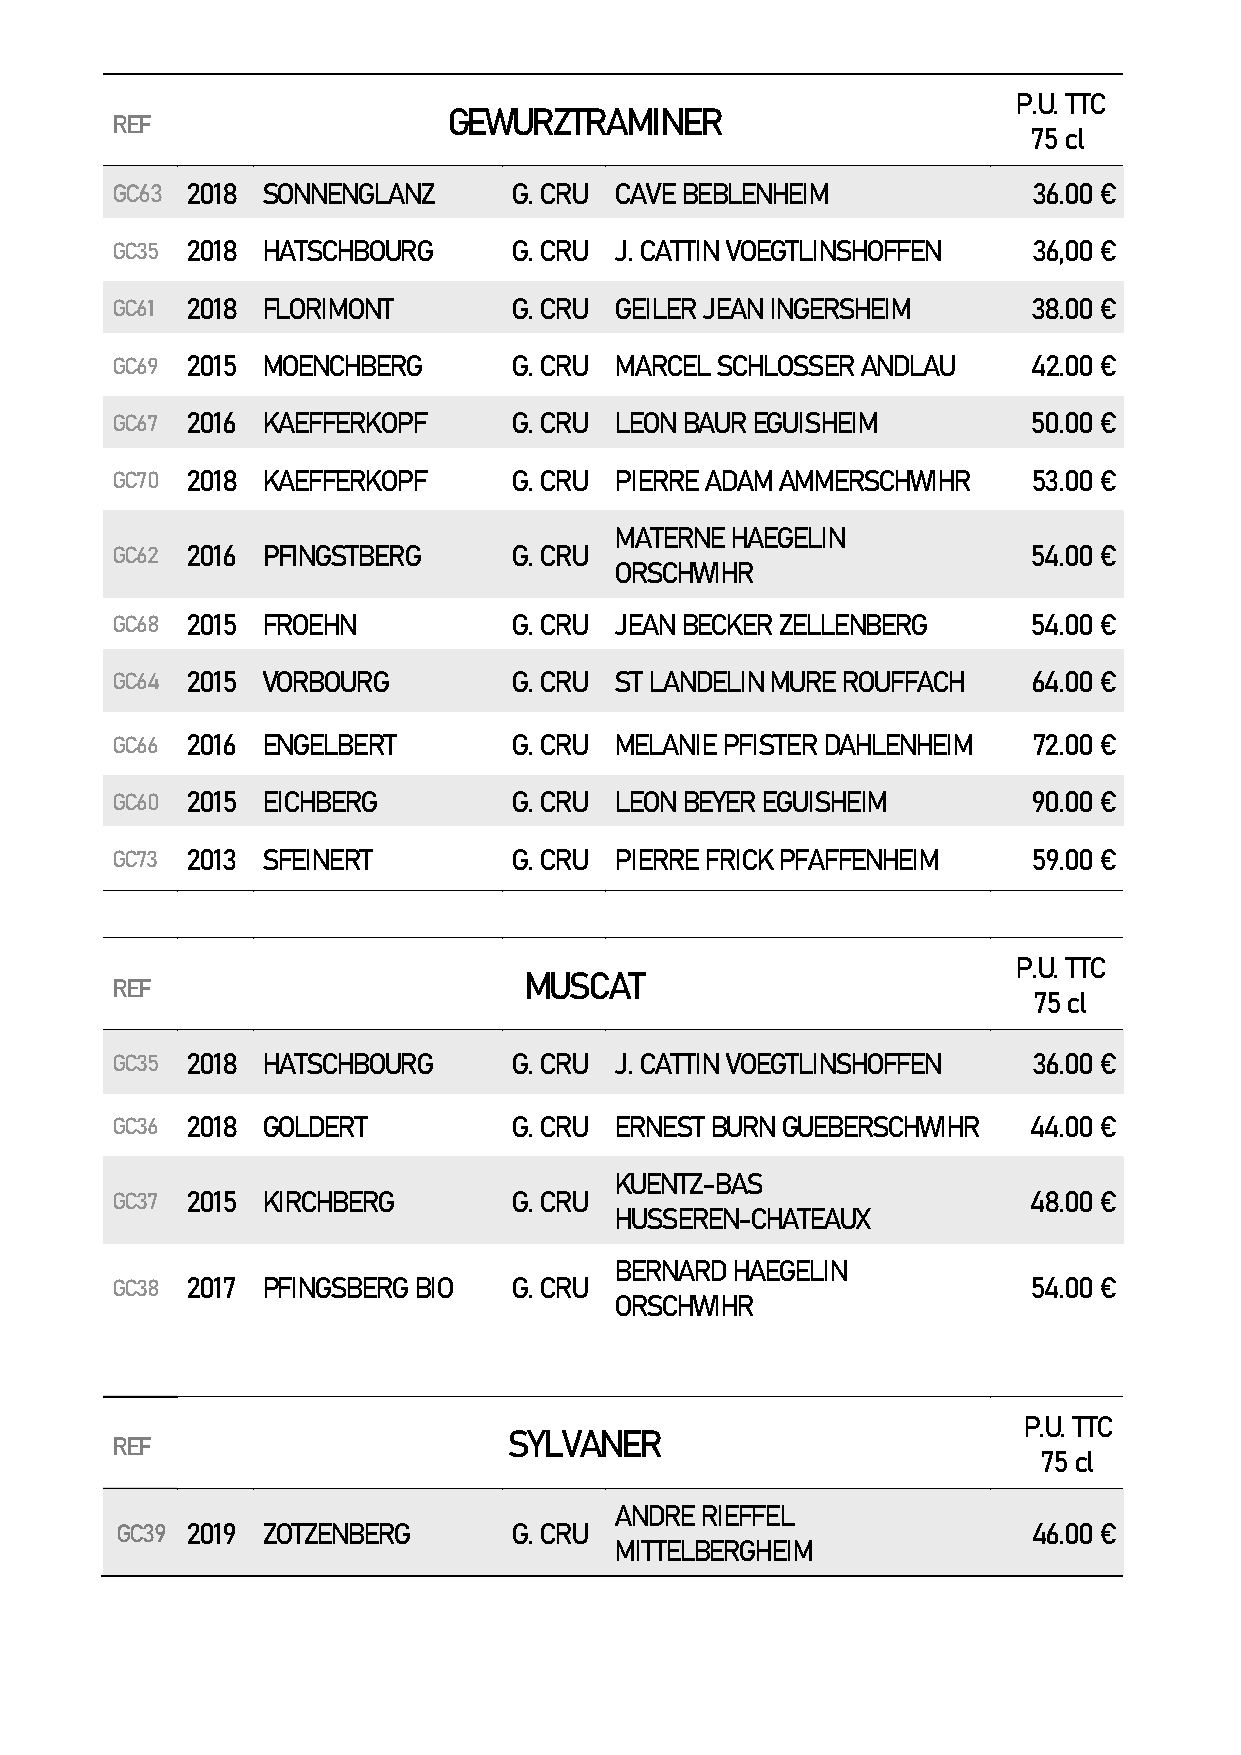
P.U. TTC
 GEWURZTRAMINER
 REF
 75 cl
 GC63 2018 SONNENGLANZ      G. CRU CAVE BEBLENHEIM            36.00 €
 GC35 2018 HATSCHBOURG      G. CRU J. CATTIN VOEGTLINSHOFFEN  36,00 €
 GC61 2018 FLORIMONT        G. CRU GEILER JEAN INGERSHEIM     38.00 €
 GC69 2015 MOENCHBERG       G. CRU MARCEL SCHLOSSER ANDLAU    42.00 €
 GC67 2016 KAEFFERKOPF      G. CRU LEON BAUR EGUISHEIM        50.00 €
 GC70 2018 KAEFFERKOPF      G. CRU PIERRE ADAM AMMERSCHWIHR   53.00 €
 MATERNE HAEGELIN
 GC62 2016 PFINGSTBERG      G. CRU                            54.00 €
 ORSCHWIHR
 GC68 2015 FROEHN           G. CRU JEAN BECKER ZELLENBERG     54.00 €
 GC64 2015 VORBOURG         G. CRU ST LANDELIN MURE ROUFFACH  64.00 €
 GC66 2016 ENGELBERT        G. CRU MELANIE PFISTER DAHLENHEIM 72.00 €
 GC60 2015 EICHBERG         G. CRU LEON BEYER EGUISHEIM       90.00 €
 GC73 2013 SFEINERT         G. CRU PIERRE FRICK PFAFFENHEIM   59.00 €
 P.U. TTC
 MUSCAT
 REF
 75 cl
 GC35 2018 HATSCHBOURG      G. CRU J. CATTIN VOEGTLINSHOFFEN  36.00 €
 GC36 2018 GOLDERT          G. CRU ERNEST BURN GUEBERSCHWIHR  44.00 €
 KUENTZ-BAS
 GC37 2015 KIRCHBERG        G. CRU                            48.00 €
 HUSSEREN-CHATEAUX
 BERNARD HAEGELIN
 GC38 2017 PFINGSBERG BIO   G. CRU                            54.00 €
 ORSCHWIHR
 P.U. TTC
 SYLVANER
 REF
 75 cl
 ANDRE RIEFFEL
 GC39 2019 ZOTZENBERG      G. CRU                            46.00 €
 MITTELBERGHEIM